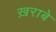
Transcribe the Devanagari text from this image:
ख़राबे